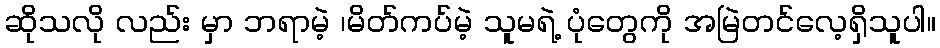
ဆိုသလို လည်း မှာ ဘရာမဲ့ ၊မိတ်ကပ်မဲ့ သူမရဲ့ ပုံတွေကို အမြဲတင်လေ့ရှိသူပါ။